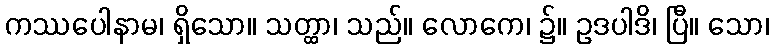
ကဿပေါနာမ၊ ရှိသော။ သတ္ထာ၊ သည်။ လောကေ၊ ၌။ ဥဒပါဒိ၊ ပြီ။ သော၊